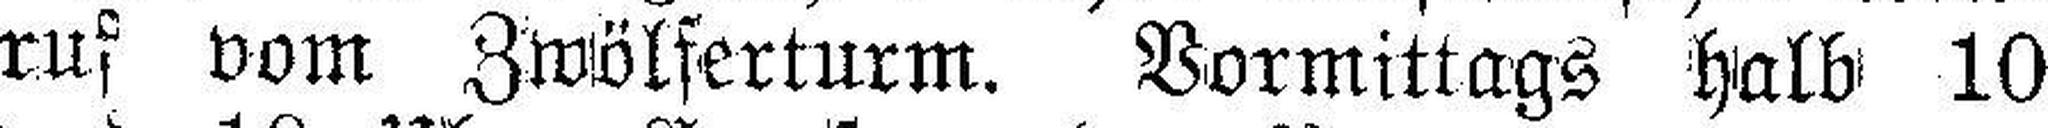
ruf vom Zwölferturm. Vormittags halb 10